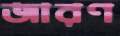
জারণ